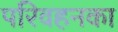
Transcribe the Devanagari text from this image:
परिवहनका